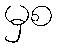
မှစ